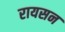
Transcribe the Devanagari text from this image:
रायसन